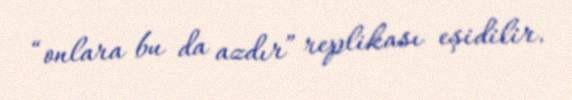
“onlara bu da azdır” replikası eşidilir.